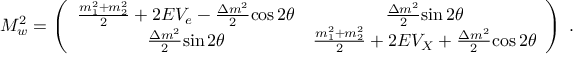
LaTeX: M _ { w } ^ { 2 } = \left( \begin{array} { c c } { { \frac { m _ { 1 } ^ { 2 } + m _ { 2 } ^ { 2 } } { 2 } + 2 E { V _ { e } } - \frac { \Delta m ^ { 2 } } { 2 } { \cos 2 \theta } } } & { { \frac { \Delta m ^ { 2 } } { 2 } { \sin 2 \theta } } } \\ { { \frac { \Delta m ^ { 2 } } { 2 } { \sin 2 \theta } } } & { { \frac { m _ { 1 } ^ { 2 } + m _ { 2 } ^ { 2 } } { 2 } + 2 E { V _ { X } } + \frac { \Delta m ^ { 2 } } { 2 } { \cos 2 \theta } } } \end{array} \right) \; .